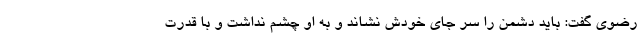
رضوی گفت: باید دشمن را سر جای خودش نشاند و به او چشم نداشت و با قدرت